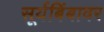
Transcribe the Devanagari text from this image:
सूर्यबिंबावर